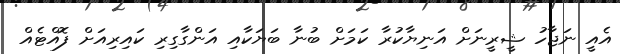
އެއީ ނަޖާހު ޝީރީނަށް އަނިޔާކުރާ ކަމަށް ބުނާ ބަޔަކާއި އަންގާގިރި ކައިރިއަށް ފޮއްޓެއް